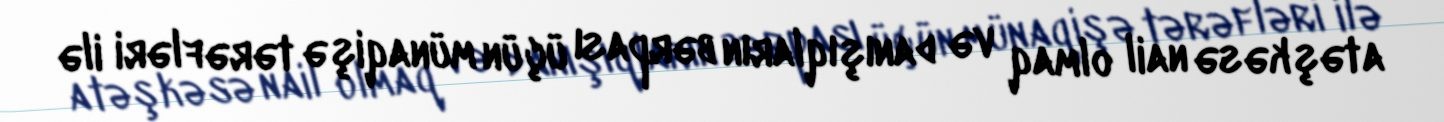
atəşkəsə nail olmaq və danışıqların bərpası üçün münaqişə tərəfləri ilə